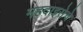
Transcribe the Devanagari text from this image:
महदाइसेचे